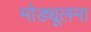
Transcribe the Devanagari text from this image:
मोड्यूलना